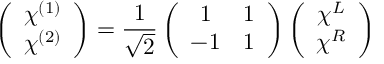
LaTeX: \left( \begin{array} { c } { { \chi ^ { ( 1 ) } } } \\ { { \chi ^ { ( 2 ) } } } \end{array} \right) = \frac { 1 } { \sqrt { 2 } } \left( \begin{array} { c c } { { 1 } } & { { 1 } } \\ { { - 1 } } & { { 1 } } \end{array} \right) \left( \begin{array} { c } { { \chi ^ { L } } } \\ { { \chi ^ { R } } } \end{array} \right)